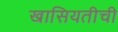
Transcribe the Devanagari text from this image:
खासियतीची